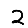
Digit: 2